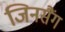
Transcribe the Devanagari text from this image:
जिनसैंग